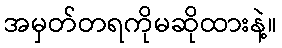
အမှတ်တရကိုမဆိုထားနဲ့။